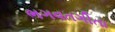
ભગવતગીતા